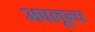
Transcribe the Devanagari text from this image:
अपलून्य